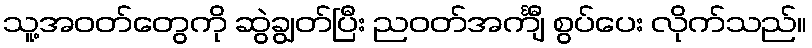
သူ့အဝတ်တွေကို ဆွဲချွတ်ပြီး ညဝတ်အင်္ကျီ စွပ်ပေး လိုက်သည်။